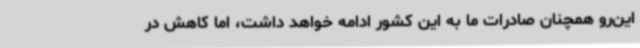
این‌رو همچنان صادرات ما به این کشور ادامه خواهد داشت، اما کاهش در